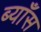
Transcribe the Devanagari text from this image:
ब्याँस